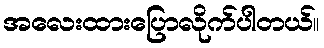
အလေးထားပြောလိုက်ပါတယ်။